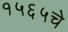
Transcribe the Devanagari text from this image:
१५६५चे